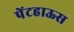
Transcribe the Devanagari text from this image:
पेंटहाऊस